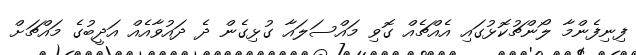
ފިނިފެންމާ ލޯންޗުކޮޅުގައި އެއްޗެއް ގޮވި މައްސަލައާ ގުޅިގެން ދެ ދައުވާއެއް އަދީބުގެ މައްޗަށް